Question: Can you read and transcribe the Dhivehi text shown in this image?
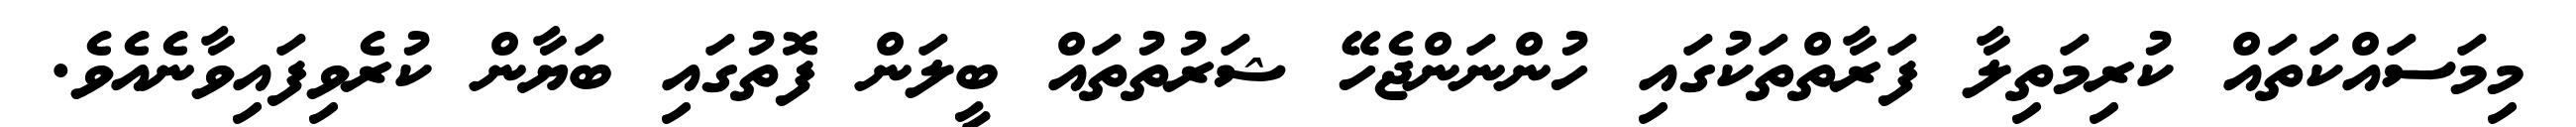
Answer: މިމަސައްކަތައް ކުރިމަތިލާ ފަރާތްތަކުގައި ހުންނަންޖެހޭ ޝަރުތުތައް ބީލަން ފޮތުގައި ބަޔާން ކުރެވިފައިވާނެއެވެ.